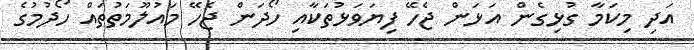
އަދި މިކަމާ ގުޅިގެން އަޅަން ޖެހޭ ފިޔަވަޅުތަކާއި ހޯދަން ޖެހޭ މައުލޫމަތުތައް ހޯދުމުގެ